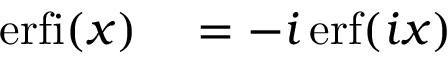
\begin{array} { r l } { \operatorname { e r f i } ( x ) } & { { } = - i \operatorname { e r f } ( i x ) } \end{array}